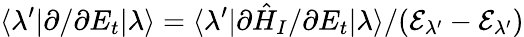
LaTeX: \langle\lambda^{\prime}|\partial/\partial E_{t}|\lambda\rangle=\langle\lambda^{\prime}|\partial\hat{H}_{I}/\partial E_{t}|\lambda\rangle/(\mathcal{E}_{\lambda^{\prime}}-\mathcal{E}_{\lambda^{\prime}})